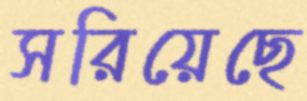
সরিয়েছে